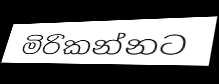
මිරිකන්නට